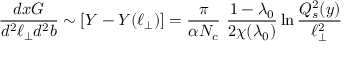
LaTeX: { \frac { d x G } { d ^ { 2 } \ell _ { \perp } d ^ { 2 } b } } \sim [ Y - Y ( \ell _ { \perp } ) ] = { \frac { \pi } { \alpha N _ { c } } } \ { \frac { 1 - \lambda _ { 0 } } { 2 \chi ( \lambda _ { 0 } ) } } \ln { \frac { Q _ { s } ^ { 2 } ( y ) } { \ell _ { \perp } ^ { 2 } } }